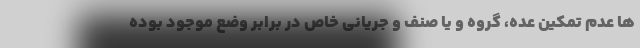
ها عدم تمکین عده، گروه و یا صنف و جریانی خاص در برابر وضع موجود بوده